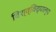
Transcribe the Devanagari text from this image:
विश्व्विद्याल्य